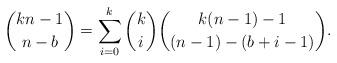
LaTeX: \begin{align*}{kn-1\choose n-b} = \sum_{i=0}^{k} {k\choose i} {k(n-1)-1\choose (n-1)-(b+i-1)}.\end{align*}